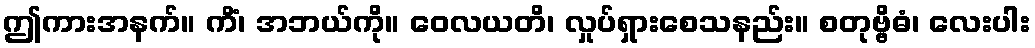
ဤကားအနက်။ ကိံ၊ အဘယ်ကို။ ဝေလယတိ၊ လှုပ်ရှားစေသနည်း။ စတုဗ္ဗိဓံ၊ လေးပါး